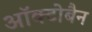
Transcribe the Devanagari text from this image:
ऑक्टोबैन